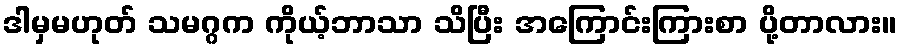
ဒါမှမဟုတ် သမဂ္ဂက ကိုယ့်ဘာသာ သိပြီး အကြောင်းကြားစာ ပို့တာလား။